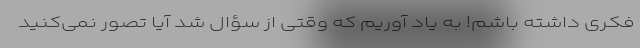
فکری داشته باشم! به یاد آوریم که وقتی از سؤال شد آیا تصور نمی‌کنید